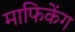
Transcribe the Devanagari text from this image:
माफिकेंग